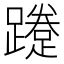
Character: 𨆐